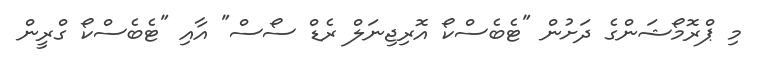
މި ޕްރޮމޯޝަންގެ ދަށުން "ޓެބެސްކޯ އޮރިޖިނަލް ރެޑް ސޯސް" އާއި "ޓެބެސްކޯ ގްރީން